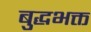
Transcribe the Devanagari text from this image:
बुद्धभक्त